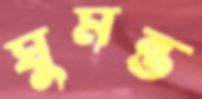
ঘুমন্ত